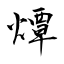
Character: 燂